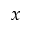
x